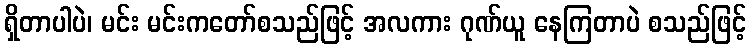
ရှိတာပါပဲ၊ မင်း မင်းကတော်စသည်ဖြင့် အလကား ဂုဏ်ယူ နေကြတာပဲ စသည်ဖြင့်